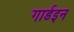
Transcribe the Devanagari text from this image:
गार्डइन